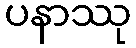
ပနာဿု